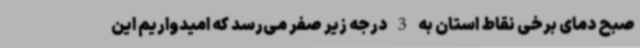
صبح دمای برخی نقاط استان به 3 درجه زیر صفر می‌رسد که امیدواریم این